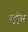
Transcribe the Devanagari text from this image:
बुट्टोर